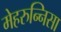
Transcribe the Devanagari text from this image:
मेहरुन्‍निसा